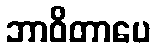
ဘာဝိတာပေ